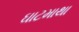
ઘાટમાથા